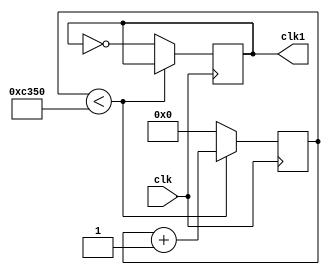
`timescale 1ns / 1ps
//////////////////////////////////////////////////////////////////////////////////
// Company: 
// Engineer: 
// 
// Design Name: 
// Module Name: divfreq
// Project Name: 
// Target Devices: 
// Tool Versions: 
// Description: 
// 
// Dependencies: 
// 
// Revision:
// Revision 0.01 - File Created
// Additional Comments:
// 
//////////////////////////////////////////////////////////////////////////////////


module divfreq(clk, clk1);

input clk;
output reg clk1;
reg [27:0] cont;



always @(posedge clk)begin 

	if(cont < 'd50_000)begin
		cont = cont + 1;
		end

	else begin 
	 clk1 = !clk1;
	 cont = 0;
		
		end
		
end
endmodule